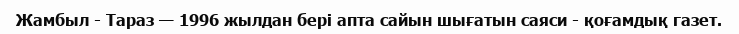
Жамбыл - Тараз — 1996 жылдан бері апта сайын шығатын саяси - қоғамдық газет.